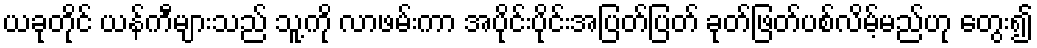
ယခုတိုင် ယန်ကီများသည် သူ့ကို လာဖမ်းကာ အပိုင်းပိုင်းအပြတ်ပြတ် ခုတ်ဖြတ်ပစ်လိမ့်မည်ဟု တွေး၍